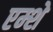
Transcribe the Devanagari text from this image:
एम्शे